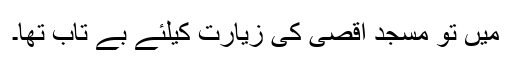
میں تو مسجد اقصیٰ کی زیارت کیلئے بے تاب تھا۔